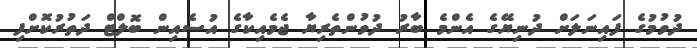
ދުވުމުގެ ފައިނަލަށް ދުނިޔޭގެ އެންމެ ބާރު ދުވުންތެރިޔާ ޖެމެއިކާގެ އުސެއިން ބޮލްޓް ދަތުރުކޮށްފި